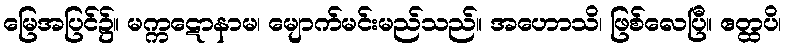
မြေအပြင်၌။ မက္ကဋောနာမ၊ မျောက်မင်းမည်သည်။ အဟောသိ၊ ဖြစ်လေပြီ။ ဧတ္ထပိ၊